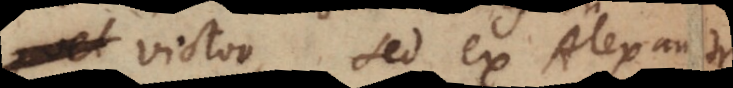
victor, sed ex Alexandri